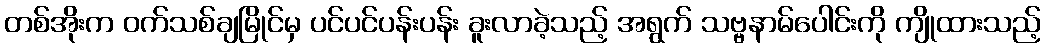
တစ်အိုးက ဝက်သစ်ချမြိုင်မှ ပင်ပင်ပန်းပန်း ခူးလာခဲ့သည့် အရွက် သဗ္ဗနာမ်ပေါင်းကို ကျိုထားသည့်